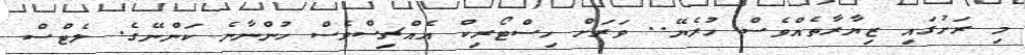
މި ރަށުގައި ޒިޔާރާތެއްވެސް ހުރެޔޭ.. ވަރަށް ހިސްޓޯރިކް އެއްޗިސްވެސް ހުންނާނެ ކަންނޭގެ. ލެޓްސް